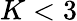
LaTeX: K<3